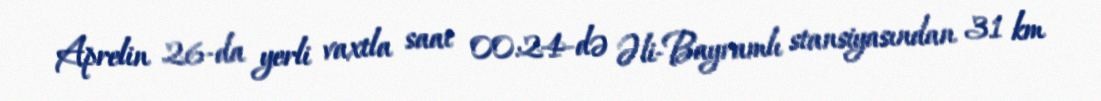
Aprelin 26-da yerli vaxtla saat 00:24-də Əli-Bayramlı stansiyasından 31 km